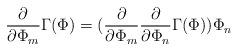
LaTeX: \begin{align*}\frac{\partial}{\partial \Phi_{m}} \Gamma(\Phi) = (\frac{\partial}{\partial \Phi_{m}}\frac{\partial}{\partial \Phi_{n}} \Gamma(\Phi)) \Phi_{n}\end{align*}